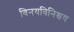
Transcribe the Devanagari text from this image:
विनयविनिश्चय